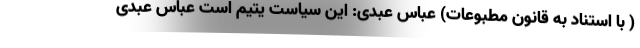
( با استناد به قانون مطبوعات) عباس عبدی: این سیاست یتیم است عباس عبدی